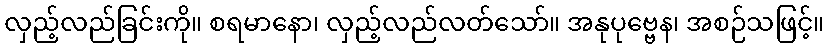
လှည့်လည်ခြင်းကို။ စရမာနော၊ လှည့်လည်လတ်သော်။ အနုပုဗ္ဗေန၊ အစဉ်သဖြင့်။